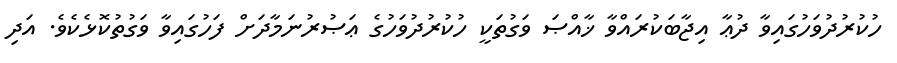
ހުކުރުދުވަހުގައިވާ ދުޢާ އިޖާބަކުރައްވާ ޚާއްޞަ ވަގުތަކީ ހުކުރުދުވަހުގެ ޢަޞުރުނަމާދަށް ފަހުގައިވާ ވަގުތުކޮޅެކެވެ. އަދި